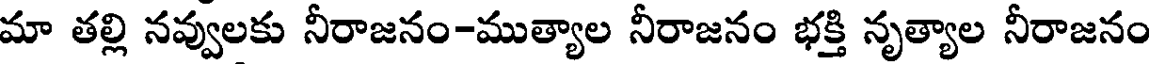
మా తల్లి నవ్వులకు నీరాజనం-ముత్యాల నీరాజనం భక్తి నృత్యాల నీరాజనం